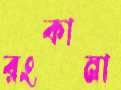
রংকানা